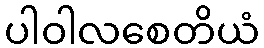
ပါဝါလစေတိယံ